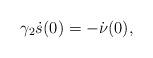
LaTeX: \begin{align*}\gamma_2\dot s(0) = -\dot{ \nu} (0),\end{align*}